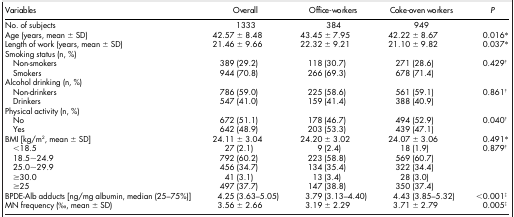
| Variables | Overall | Office-workers | Coke-oven workers | P |
 | --- | --- | --- | --- | --- |
 | No. of subjects | 1333 | 384 | 949 |  |
 | Age (years, mean ± SD) | 42.57 ± 8.48 | 43.45 ± 7.95 | 42.22 ± 8.67 | 0.016* |
 | Length of work (years, mean ± SD) | 21.46 ± 9.66 | 22.32 ± 9.21 | 21.10 ± 9.82 | 0.037* |
 | Smoking status (n, %) |  |  |  |  |
 | Non-smokers | 389 (29.2) | 118 (30.7) | 271 (28.6) | 0.429† |
 | Smokers | 944 (70.8) | 266 (69.3) | 678 (71.4) |  |
 | Alcohol drinking (n, %) |  |  |  |  |
 | Non-drinkers | 786 (59.0) | 225 (58.6) | 561 (59.1) | 0.861† |
 | Drinkers | 547 (41.0) | 159 (41.4) | 388 (40.9) |  |
 | Physical activity (n, %) |  |  |  |  |
 | No | 672 (51.1) | 178 (46.7) | 494 (52.9) | 0.040† |
 | Yes | 642 (48.9) | 203 (53.3) | 439 (47.1) |  |
 | BMI [kg/m2, mean ± SD] | 24.11 ± 3.04 | 24.20 ± 3.02 | 24.07 ± 3.06 | 0.491* |
 | <18.5 | 27 (2.1) | 9 (2.4) | 18 (1.9) | 0.879† |
 | 18.5~24.9 | 792 (60.2) | 223 (58.8) | 569 (60.7) |  |
 | 25.0~29.9 | 456 (34.7) | 134 (35.4) | 322 (34.4) |  |
 | ≥30.0 | 41 (3.1) | 13 (3.4) | 28 (3.0) |  |
 | ≥25 | 497 (37.7) | 147 (38.8) | 350 (37.4) |  |
 | BPDE-Alb adducts [ng/mg albumin, median (25–75%)] | 4.25 (3.63–5.05) | 3.79 (3.13–4.40) | 4.43 (3.85–5.32) | <0.001‡ |
 | MN frequency (‰, mean ± SD) | 3.56 ± 2.66 | 3.19 ± 2.29 | 3.71 ± 2.79 | 0.005‡ |